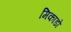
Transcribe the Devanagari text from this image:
मिकाडो